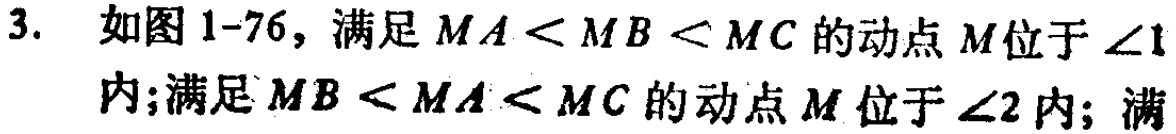
3. 如图1-76，满足\(MA < MB < MC\)的动点\(M\)位于\(\angle1\)内；满足\(MB < MA < MC\)的动点\(M\)位于\(\angle2\)内；满